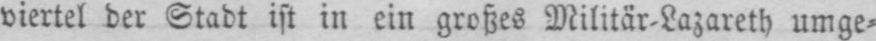
viertel der Stadt ist in ein großes Militär⸗Lazareth umge⸗